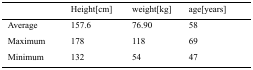
|  | Height[cm] | weight[kg] | age[years] |
 | --- | --- | --- | --- |
 | Average | 157.6 | 76.90 | 58 |
 | Maximum | 178 | 118 | 69 |
 | Minimum | 132 | 54 | 47 |